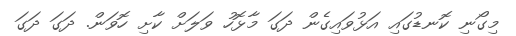
މިގޯނި ކޮނޑުގައި އަޅުވައިގެން ދަގަ މާޅޮހު ވަލަށް ކާށި ހޮވަން. ދަގަ ދަގަ